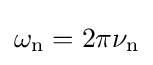
\omega _{\text{n}}=2\pi \nu _{\text{n}}